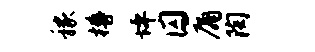
稼樽坪囚庸陶